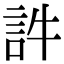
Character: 𧥸